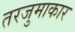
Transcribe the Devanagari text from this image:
तरजुमाकार